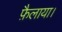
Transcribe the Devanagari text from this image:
फ़ैलाया।